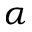
\alpha